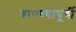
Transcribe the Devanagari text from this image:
वाचण्यापूर्वी